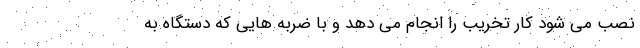
نصب می شود کار تخریب را انجام می دهد و با ضربه هایی که دستگاه به